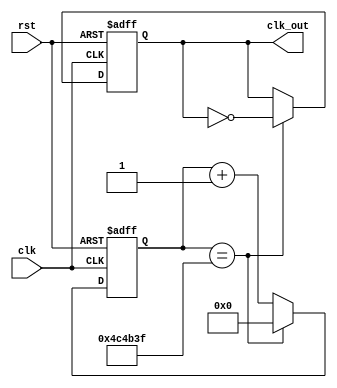
module clockDivider #(parameter n = 5000000)(input clk, rst, output reg clk_out);
reg [31:0] count;
always @ (posedge(clk), posedge(rst)) begin // Asynchronous Reset
if (rst == 1)
count <= 32'b0;
else if (count == n-1)
count <= 32'b0;
else
 count <= count + 1;
end
// Handle the output clock
always @ (posedge(clk), posedge(rst)) begin // Asynchronous Reset
if (rst == 1)
clk_out <= 0;
else if (count == n-1)
clk_out <= ~clk_out;
else
clk_out <= clk_out; 
end
endmodule